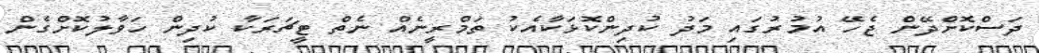
ދަސްކޮށްދޭން ޖެހޭ އުމުރުގައި މަދު ކުދިންކޮޅަކާއެކު ތަމްރީނެއް ނެތް ޓީޗަރަކާ ކުދިން ހަވާލުކޮށްގެން